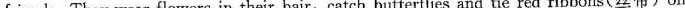
friends. They wear flowers in their hair,catch butterflies and tie red ribbons(丝带)on